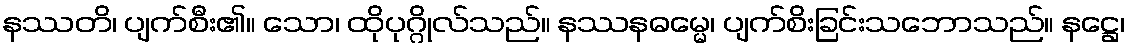
နဿတိ၊ ပျက်စီး၏။ သော၊ ထိုပုဂ္ဂိုလ်သည်။ နဿနဓမ္မေ၊ ပျက်စိးခြင်းသဘောသည်။ နဋ္ဌေ၊